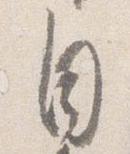
自